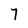
Character: T